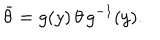
\bar { \theta } = g ( y ) \, \theta \, g ^ { - 1 } ( y ) .